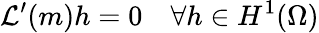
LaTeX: \mathcal{L}^{\prime}(m)h=0\quad\forall h\in H^{1}(\Omega)